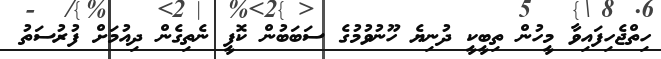
ހިތްޖެހިފައިވާ މީހުން ތިބީކީ ދުނިޔެ ހޫނުވުމުގެ ސަބަބުން ކޮފީ ނެތިގެން ދިއުމަށް ފުރުސަތު